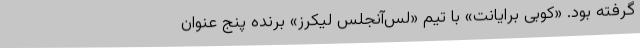
گرفته بود. «کوبی برایانت» با تیم «لس‌آنجلس لیکرز» برنده پنج عنوان